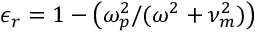
\epsilon _ { r } = 1 - \left( \omega _ { p } ^ { 2 } / ( \omega ^ { 2 } + \nu _ { m } ^ { 2 } ) \right)